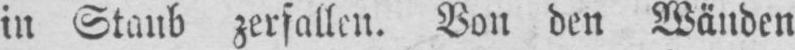
in Staub zerfallen. Von den Wänden